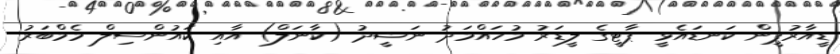
ޑީއާރުޕީން ކަނޑައެޅީ ޕާޓީގެ ލީޑަރު މުހައްމަދު ނަޝީދު (ކާނަލް) އާއި ކައުންސިލް މެމްބަރު